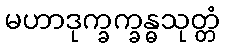
မဟာဒုက္ခက္ခန္ဓသုတ္တံ